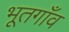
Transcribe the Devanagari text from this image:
भूतगाँव